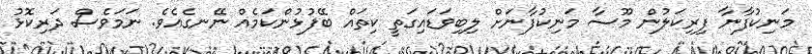
މަނިކުފާނާ ފިރިކަލުން މޫސާ މަނިކުފާނަށް ލިބިވަޑައިގަތީ ކިތައް ބޭފުޅުންކަމެއް ނޭނގެއެވެ. ނަމަވެސް ދަރިކޮޅު